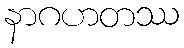
နာဂဟတဿ